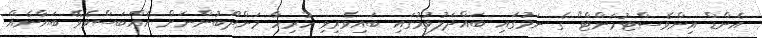
އެންޑް އިންވެސްޓުމަންޓް" ގެ ނަމުގައި ބައްދަލުވުމުގައި ބައިވެރިވި ހުރިހާ މަންދޫބުންނަށް އެއްބަސްވެވޭ ބަޔާނެއް